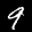
Label: 9